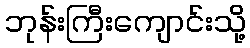
ဘုန်းကြီးကျောင်းသို့